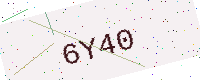
Text: 6Y40